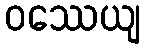
ဝဿေယျ